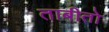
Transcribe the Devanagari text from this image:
ताबीतो